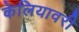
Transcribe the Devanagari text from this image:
केलियावरी